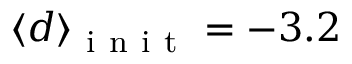
\langle d \rangle _ { \mathrm { ~ i ~ n ~ i ~ t ~ } } = - 3 . 2